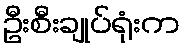
ဦးစီးချုပ်ရုံးက